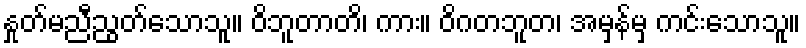
နှုတ်မညီညွတ်သောသူ။ ဝိဘူတာတိ၊ ကား။ ဝိဂတဘူတ၊ အမှန်မှ ကင်းသောသူ။